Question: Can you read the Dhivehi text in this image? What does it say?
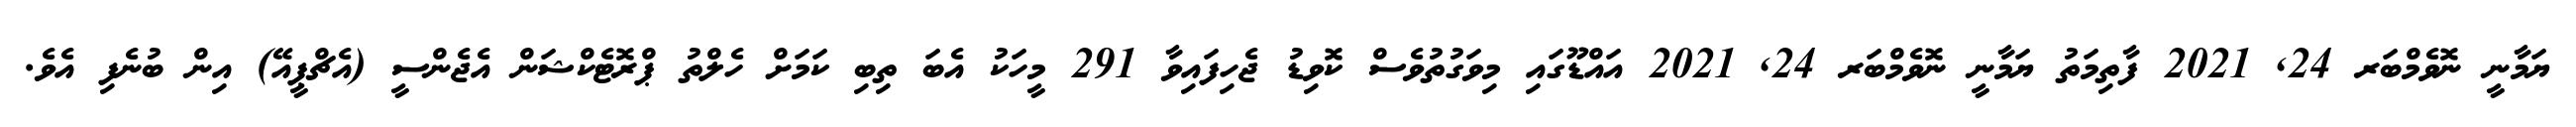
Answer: ޔަމާނީ ނޮވެމްބަރ 24, 2021 ފާތިމަތު ޔަމާނީ ނޮވެމްބަރ 24, 2021 އައްޑޫގައި މިވަގުތުވެސް ކޮވިޑު ޖެހިފައިވާ 291 މީހަކު އެބަ ތިބި ކަމަށް ހެލްތު ޕްރޮޓެކްޝަން އެޖެންސީ (އެޗްޕީއޭ) އިން ބުނެފި އެވެ.